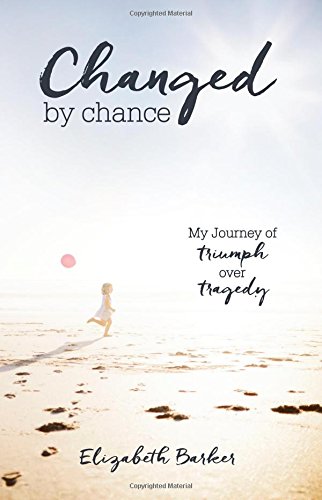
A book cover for Changed By Chance: My Journey of Triumph Over Tragedy; Elizabeth Barker; Biographies & Memoirs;